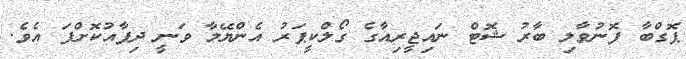
ޕޮގްބާ ފޮނުވާލި ބާރު ޝޮޓް ނައިޖީރިއާގެ ގޯލްކީޕަރު އެންޔޭމާ ވަނީ ދިފާއުކޮށްފަ އެވެ.